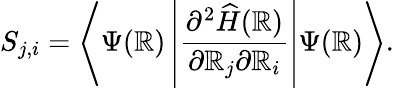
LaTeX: {S}_{{j},{i}}=\left\langle\Psi(\boldsymbol{\mathbb{R}})\left|\frac{{\partial^{2}\widehat{{{H}}}(\boldsymbol{\mathbb{R}})}}{{\partial\boldsymbol{\mathbb{R}}_{{j}}\partial\boldsymbol{\mathbb{R}}_{{i}}}}\right|\Psi(\boldsymbol{\mathbb{R}})\right\rangle.